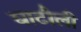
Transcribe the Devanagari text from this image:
घाटौली